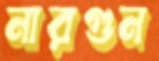
নারগুন